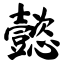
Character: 懿